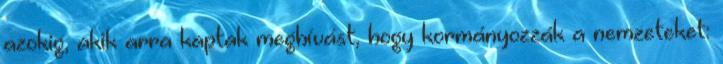
azokig, akik arra kaptak meghívást, hogy kormányozzák a nemzeteket: